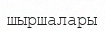
шыршалары